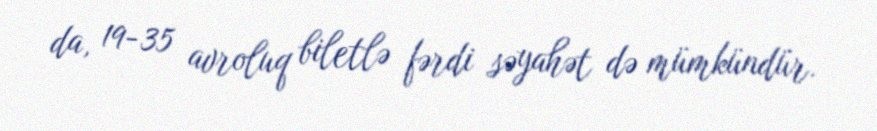
da, 19-35 avroluq biletlə fərdi səyahət də mümkündür.